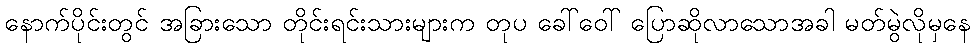
နောက်ပိုင်းတွင် အခြားသော တိုင်းရင်းသားများက တုပ ခေါ်ဝေါ် ပြောဆိုလာသောအခါ မတ်မွဲလိုမှနေ